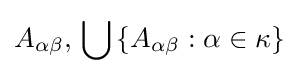
A_{\alpha \beta },\,\bigcup \left\{A_{\alpha \beta }:\alpha \in \kappa \right\}